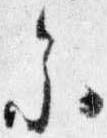
参